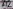
Text: A2